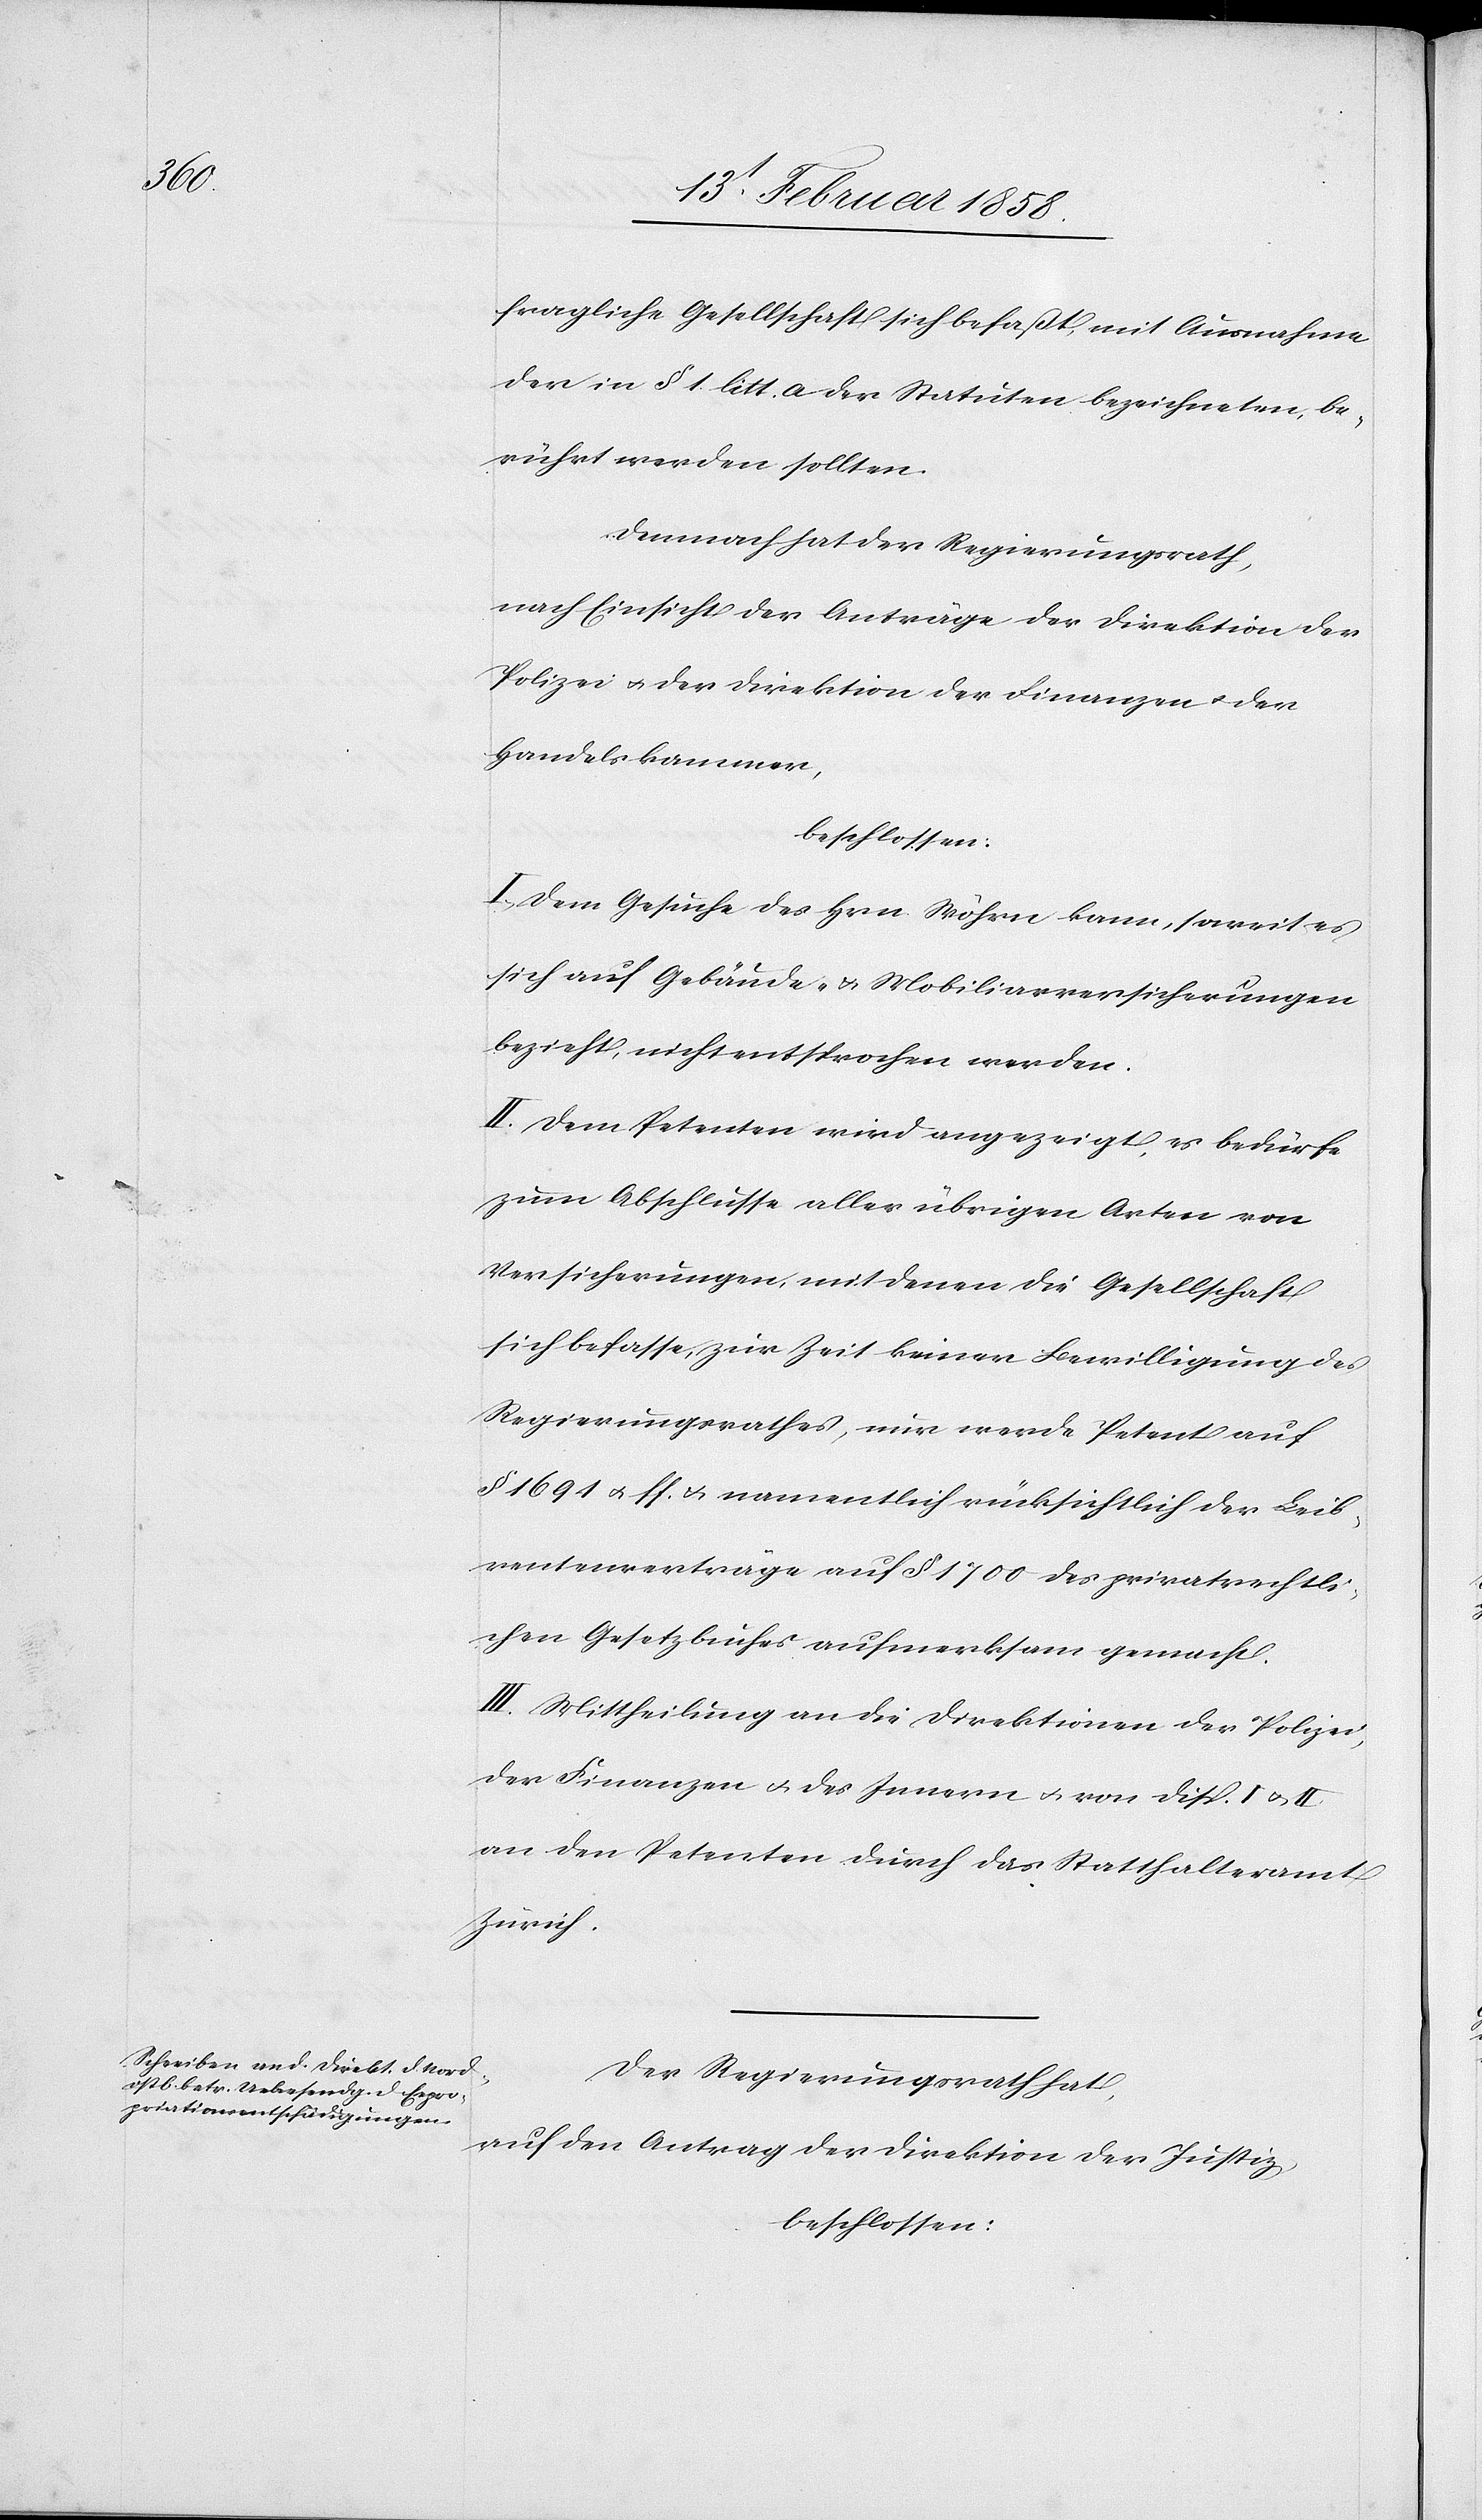
fragliche Gesellschaft sich befaßt, mit Ausnahme
der in § 1 litt. a der Statuten bezeichneten, be¬
rührt werden sollten.
Demnach hat der Regierungsrath,
nach Einsicht der Anträge der Direktion der
Polizei u. der Direktion der Finanzen u. der
Handelskammer,
beschlossen:
I. Dem Gesuche des Hrn. Wöhrn kann, soweit es
sich auf Gebäude- u. Mobiliarversicherungen
bezieht, nicht entsprochen werden.
II. Dem Petenten wird angezeigt, es bedürfe
zum Abschlusse aller übrigen Arten von
Versicherungen, mit denen die Gesellschaft
sich befasse, zur Zeit keiner Bewilligung des
Regierungsrathes, nur werde Petent auf
§ 1691 u. ff. u. namentlich rücksichtlich der Leib¬
rentenverträge auf § 1700 des privatrechtli¬
chen Gesetzbuches aufmerksam gemacht.
III. Mittheilung an die Direktionen der Polizei,
der Finanzen u. des Innern u. von Disp. I u. II
an den Petenten durch das Statthalteramt
Zürich.
Der Regierungsrath hat,
auf den Antrag der Direktion der Justiz,
beschlossen: